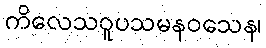
ကိလေသဝူပသမနဝသေန၊